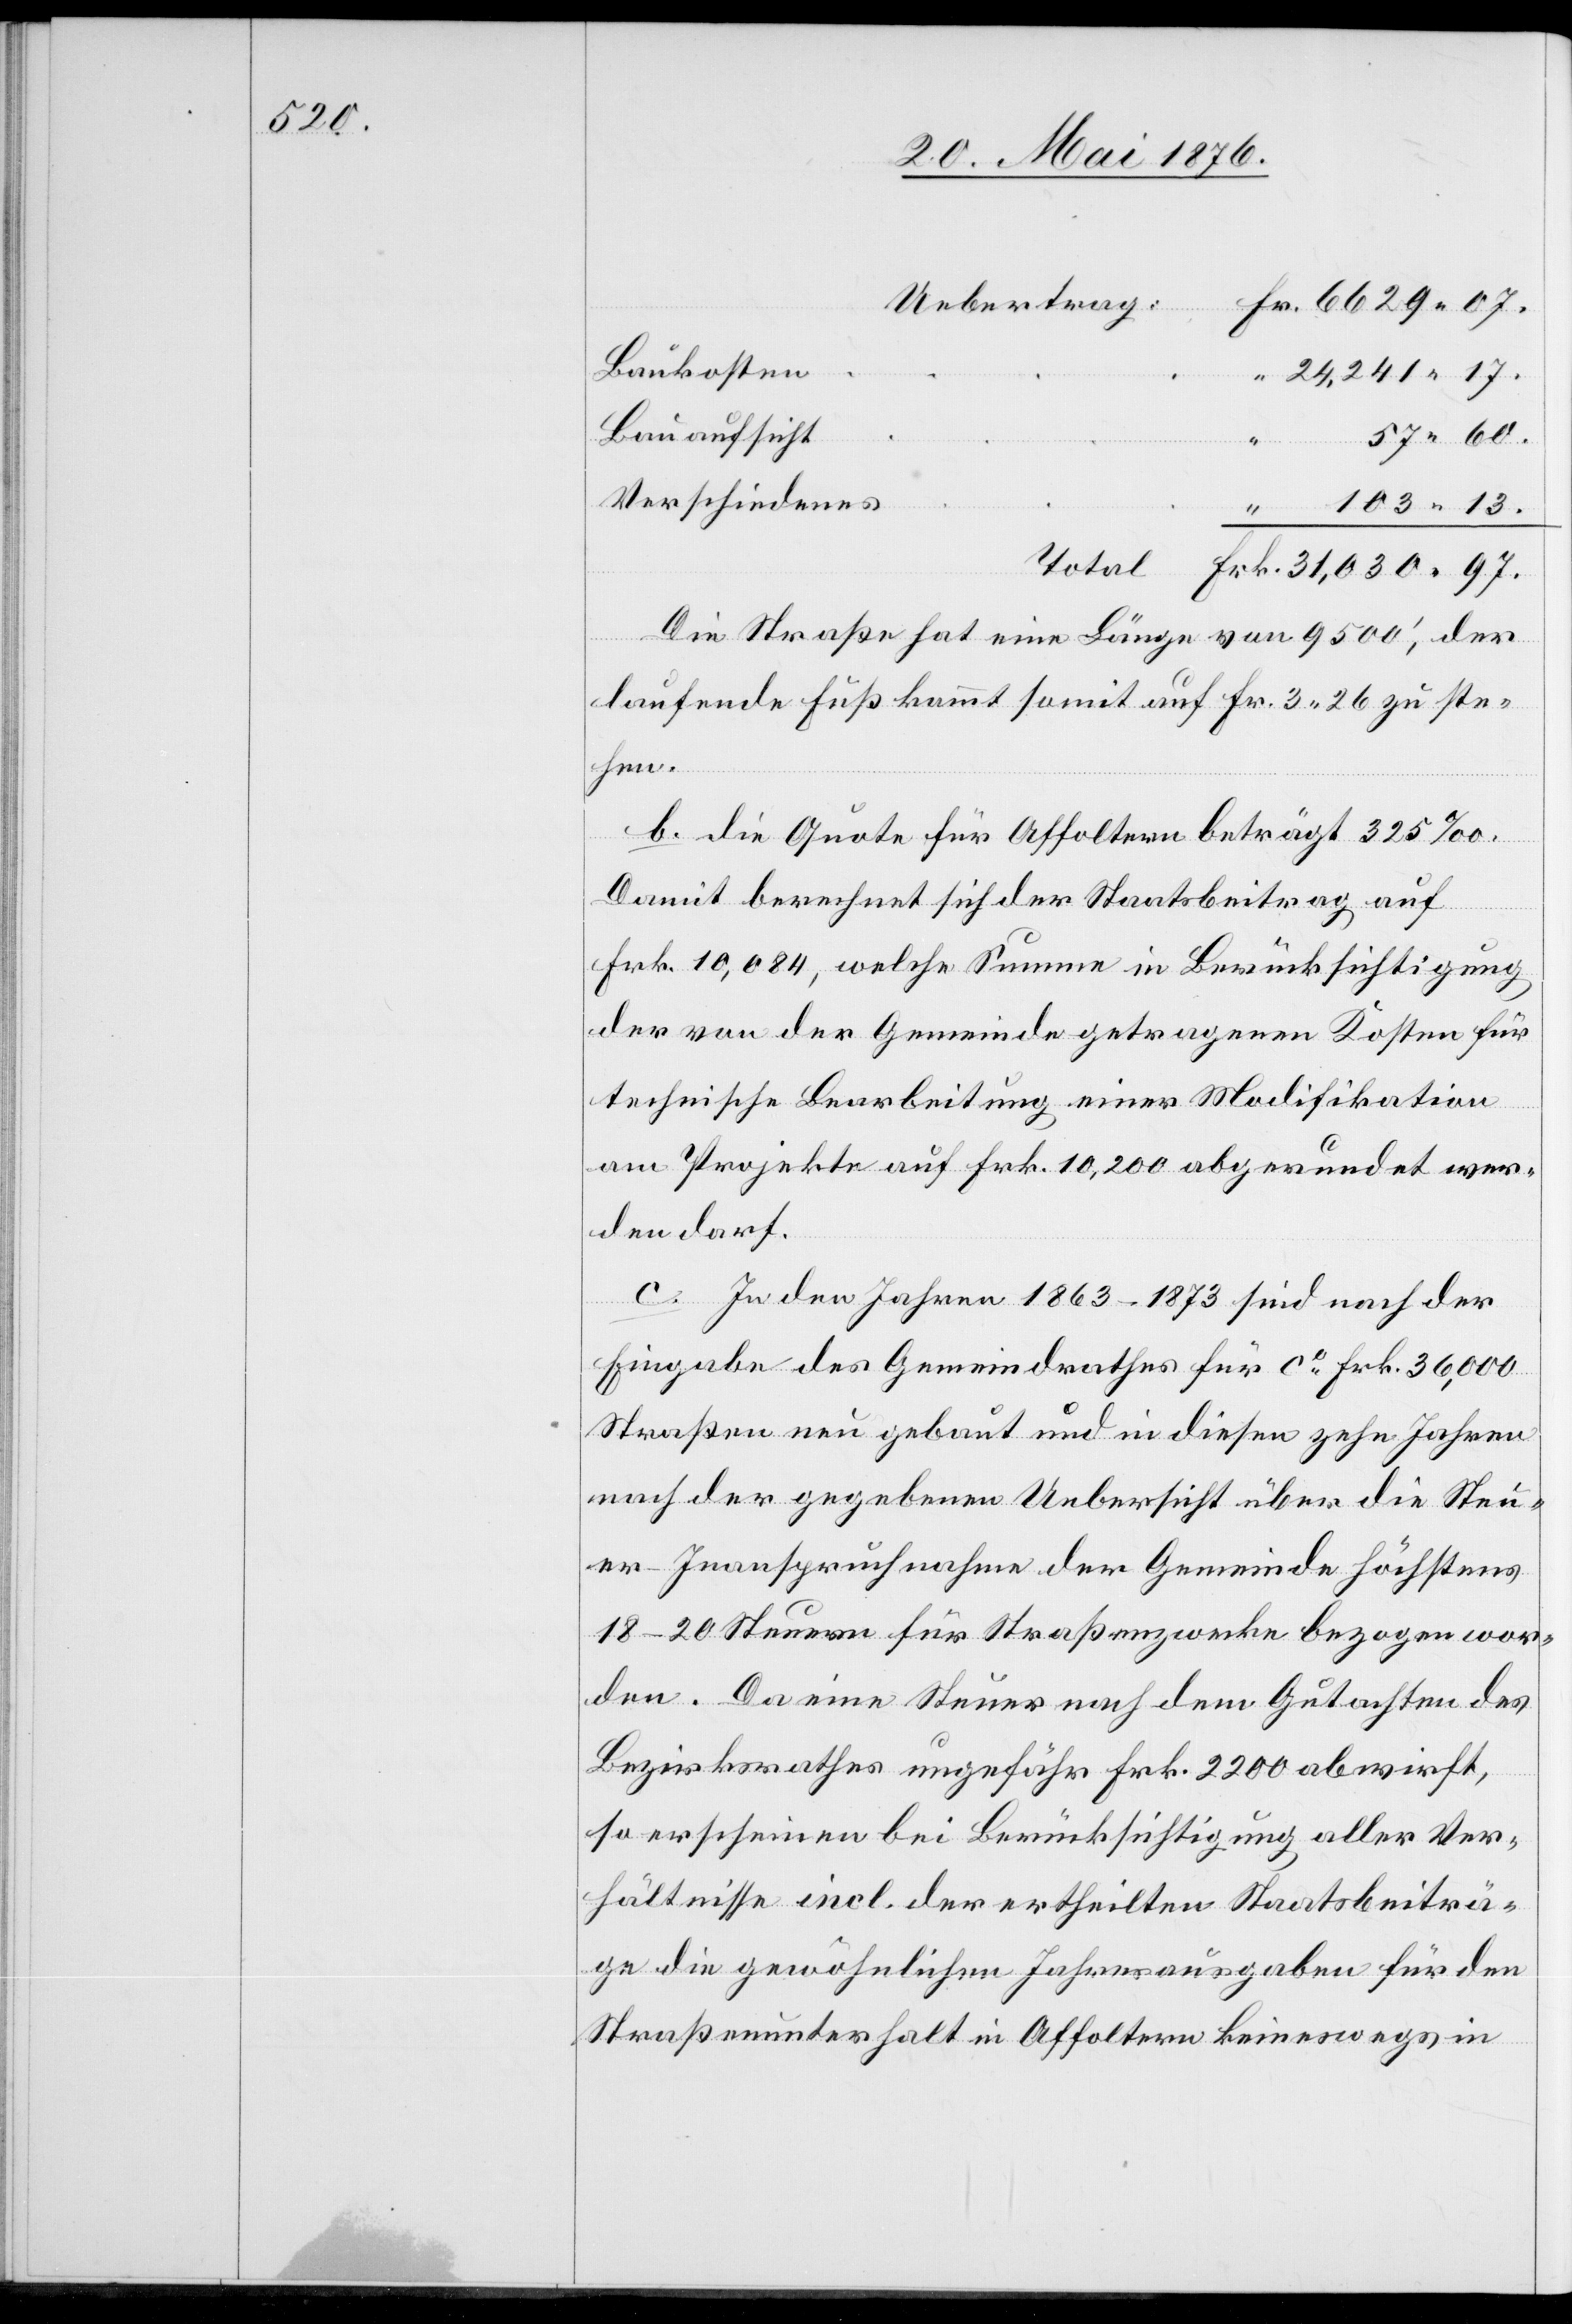
60.

Baukosten
Bauaufsicht
Verschiedenes
“
Die Straße hat eine Länge von 9500‘, der
laufende Fuß kommt somit auf Fr. 3 26 zu ste¬
hen.
b. die Quote für Affoltern beträgt 325 ‰.
Damit berechnet sich der Staatsbeitrag auf
Frk. 10,084, welche Summe in Berücksichtigung
der von der Gemeinde getragenen Kosten für
technische Bearbeitung einer Modifikation
am Projekte auf Frk. 10,200 abgerundet wer¬
den darf.
c. In den Jahren 1863–1873 sind nach der
Eingabe des Gemeindrathes für ca Frk. 36,000
Straßen neu gebaut und in diesen zehn Jahren
nach der gegebenen Uebersicht über die Steu¬
er-Inanspruchnahme der Gemeinde höchstens
18–20 Steuern für Straßenzwecke bezogen wor¬
den. Da eine Steuer nach dem Gutachten des
Bezirksrathes ungefähr Frk. 2200 abwirft,
so erscheinen bei Berücksichtigung aller Ver¬
hältnisse incl. der ertheilten Staatsbeiträ¬
ge die gewöhnlichen Jahresausgaben für den
Straßenunterhalt in Affoltern keineswegs in